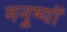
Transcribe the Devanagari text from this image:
मनु्ष्यों